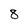
Character: 8